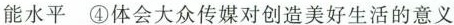
能水平④体会大众传媒对创造美好生活的意义